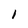
Character: 1